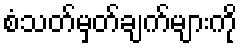
စံသတ်မှတ်ချက်များကို